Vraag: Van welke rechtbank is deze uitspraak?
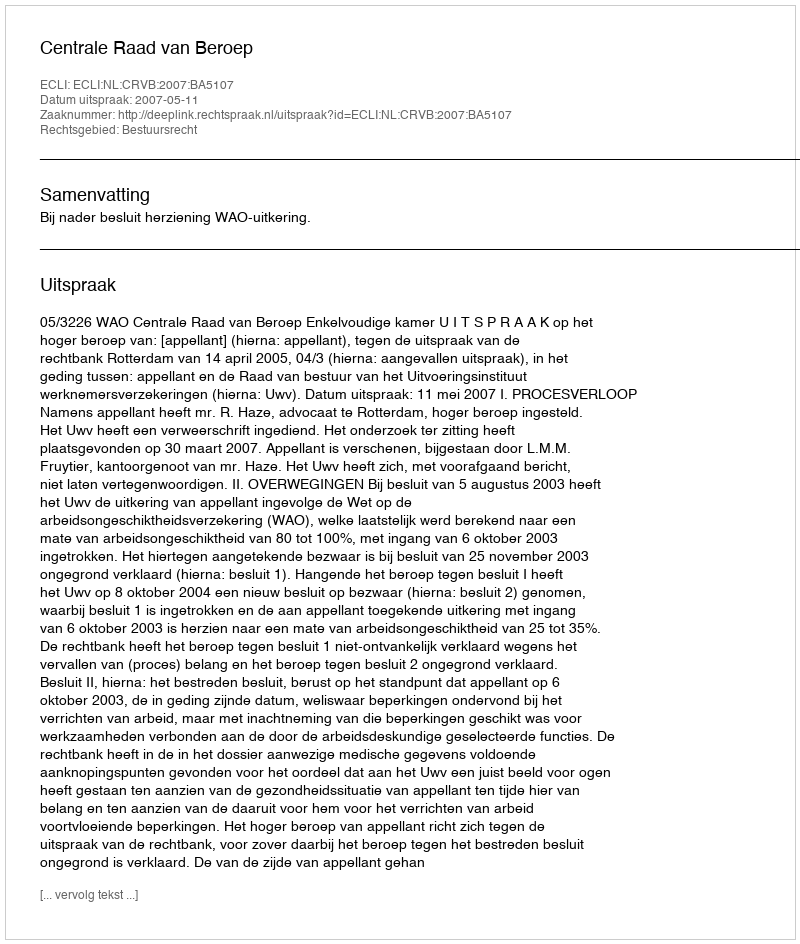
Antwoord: Centrale Raad van Beroep